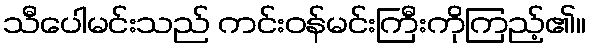
သီပေါမင်းသည် ကင်းဝန်မင်းကြီးကိုကြည့်၏။